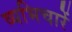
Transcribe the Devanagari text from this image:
व्यभिचारें